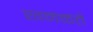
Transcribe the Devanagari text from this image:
खनकते